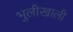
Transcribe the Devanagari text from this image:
भुलीखाली